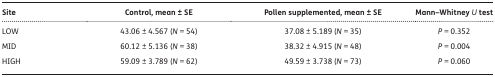
| Site | Control, mean ± SE | Pollen supplemented, mean ± SE | Mann–Whitney U test |
 | --- | --- | --- | --- |
 | LOW | 43.06 ± 4.567 (N = 54) | 37.08 ± 5.189 (N = 35) | P = 0.352 |
 | MID | 60.12 ± 5.136 (N = 38) | 38.32 ± 4.915 (N = 48) | P = 0.004 |
 | HIGH | 59.09 ± 3.789 (N = 62) | 49.59 ± 3.738 (N = 73) | P = 0.060 |